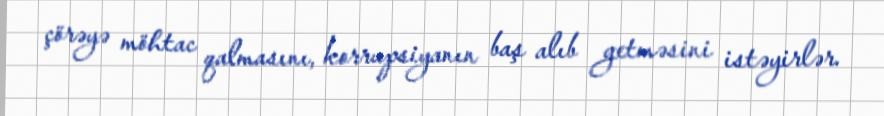
çörəyə möhtac qalmasını, korrupsiyanın baş alıb getməsini istəyirlər.